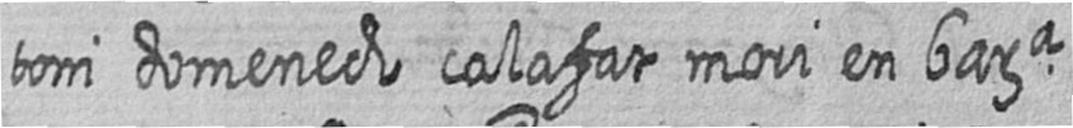
toni domenech calafat mori en bara